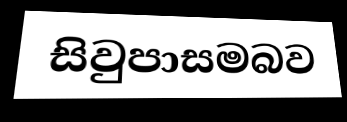
සිවුපාසමබව